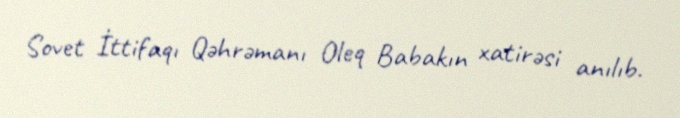
Sovet İttifaqı Qəhrəmanı Oleq Babakın xatirəsi anılıb.